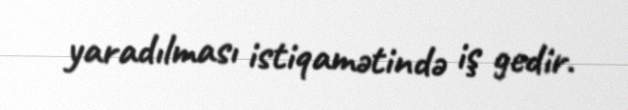
yaradılması istiqamətində iş gedir.